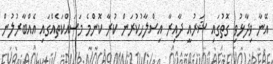
އޭނާ ވިދާޅުވި ގޮތުގައި ޝަރުއީ ދާއިރާ އިސްލާހުކުރަން ކުރާ ކޮންމެ މަސައްކަތެއްގައި އެއްބާރުލުން